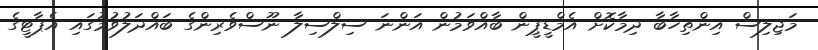
މަޖިލިސް އިންތިހާބާ ދިމާކޮށް އެމްޑީޕީން ބާއްވަމުން އަންނަ ސިލްސިލާ ނޫސްވެރިންގެ ބައްދަލުވުމުގައި އެޕާޓީގެ